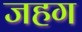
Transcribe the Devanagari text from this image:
जहग